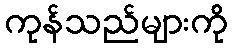
ကုန်သည်များကို